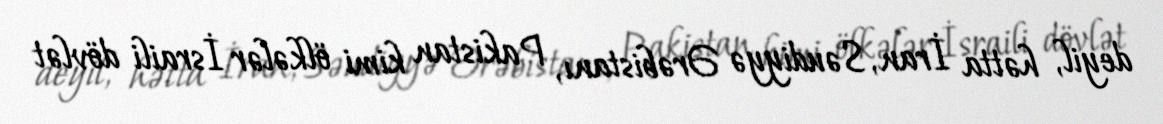
deyil, hətta İran, Səudiyyə Ərəbistanı, Pakistan kimi ölkələr İsraili dövlət